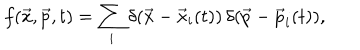
LaTeX: f ( \vec { x } , \vec { p } , t ) = \sum _ { i } \delta ( \vec { x } - { \vec { x } } _ { i } ( t ) ) \, \delta ( \vec { p } - { \vec { p } } _ { i } ( t ) ) ,